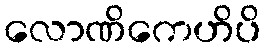
လောဏိကေဟိပိ